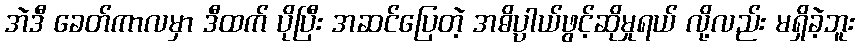
အဲဒီ ခေတ်ကာလမှာ ဒီထက် ပိုပြီး အဆင်ပြေတဲ့ အဓိပ္ပာယ်ဖွင့်ဆိုမှုရယ် လို့လည်း မရှိခဲ့ဘူး